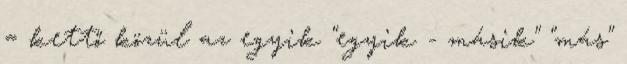
= kettő közül az egyik "egyik - másik" "más"